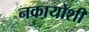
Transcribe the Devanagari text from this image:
नकायोशी